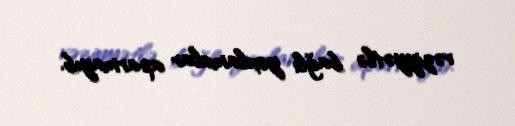
vəziyyətlə bağlı yoxlamalar aparmayıb.